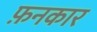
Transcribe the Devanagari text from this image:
फ़नकार